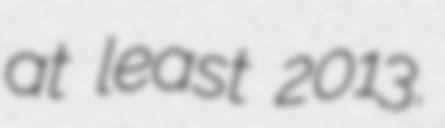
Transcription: at least 2013.